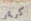
كريمر